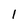
Character: 1